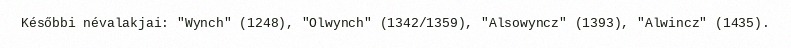
Későbbi névalakjai: "Wynch" (1248), "Olwynch" (1342/1359), "Alsowyncz" (1393), "Alwincz" (1435).